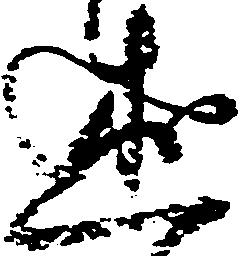
述